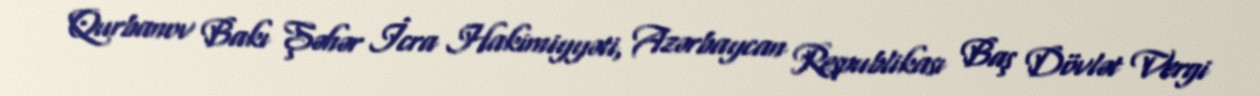
Qurbanov Bakı Şəhər İcra Hakimiyyəti, Azərbaycan Respublikası Baş Dövlət Vergi